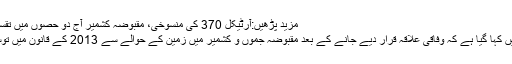
مزید پڑھیں:آرٹیکل 370 کی منسوخی، مقبوضہ کشمیر آج دو حصوں میں تقسیم ہوجائے گا
حکم نامے میں کہا گیا ہے کہ وفاقی علاقہ قرار دیے جانے کے بعد مقبوضہ جموں و کشمیر میں زمین کے حوالے سے 2013 کے قانون میں توسیع ہوئی ہے۔